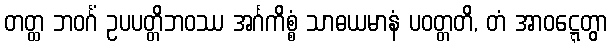
တတ္ထ ဘဝင်္ဂံ ဥပပတ္တိဘဝဿ အင်္ဂကိစ္စံ သာဓယမာနံ ပဝတ္တတိ, တံ အာဝဋ္ဋေတွာ